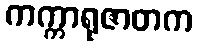
ကက္ကာရုဇာတက